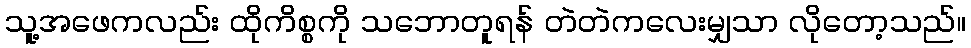
သူ့အဖေကလည်း ထိုကိစ္စကို သဘောတူရန် တဲတဲကလေးမျှသာ လိုတော့သည်။